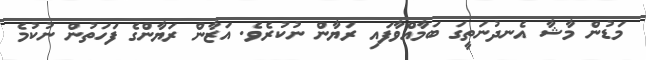
މަޑުން މާޝާ އެނދުނަތީގަ ބަމާއްވާފައި ރަޔާން ނުކުރެވެ. އަޒާން ރަޔާންގެ ފަހަތުން ނުކުމެ